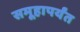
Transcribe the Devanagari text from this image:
समूहापर्यंत